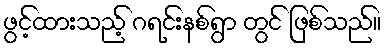
ဖွင့်ထားသည့် ဂရင်းနစ်ရွာ တွင် ဖြစ်သည်။